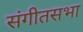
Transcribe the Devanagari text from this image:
संगीतसभा